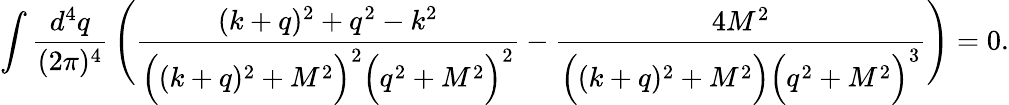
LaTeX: \int\frac{d^{4}q}{(2\pi)^{4}}\, \Bigg(\frac{(k+q)^{2}+q^{2}-k^{2}}{\Big((k+q)^{2}+M^{2}\Big)^{2}\Big(q^{2}+M^{2}\Big)^{2}}-\frac{4M^{2}}{\Big((k+q)^{2}+M^{2}\Big)\Big(q^{2}+M^{2}\Big)^{3}}\Bigg)=0.